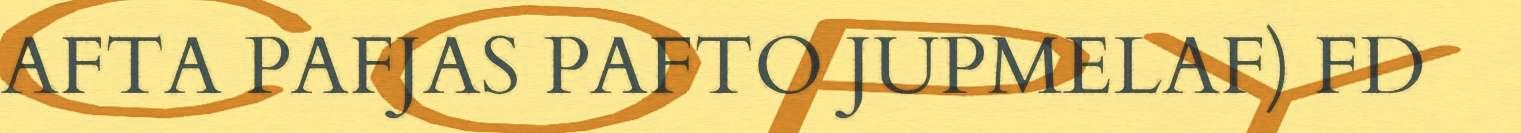
AFTA PAFJAS PAFTO JUPMELAF) FD